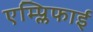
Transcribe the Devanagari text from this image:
एम्प्लिफाई